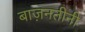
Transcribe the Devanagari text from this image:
बाज़नतीनी